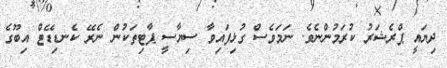
ދިޔައީ ޕްރެޝަރު ކުރަމުންނެވެ. ނަމަވެސް ގުޅިފައިވާ ސިޔާސީ ޕާޓިތަކުން ނެރޭ ކެނޑިޑޭޓް އިބޫގެ